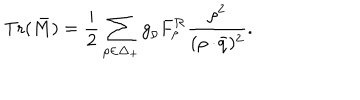
\mathrm { T r } ( \bar { M } ) = { \frac { i } { 2 } } \sum _ { \rho \in \Delta _ { + } } g _ { \rho } F _ { \rho } ^ { \cal R } { \frac { \rho ^ { 2 } } { ( \rho \cdot \! \bar { q } ) ^ { 2 } } } .